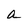
Character: a